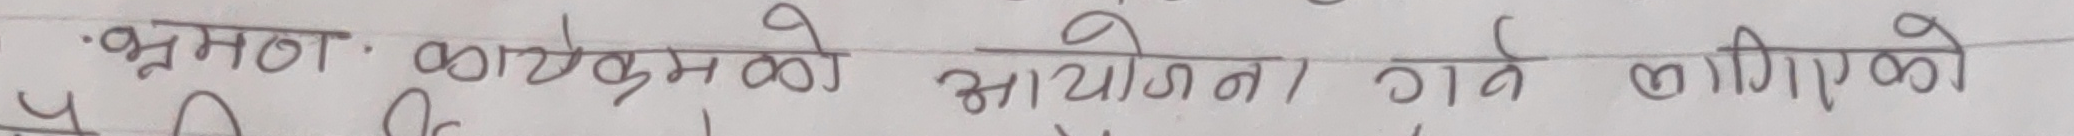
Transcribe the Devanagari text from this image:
भ्रमण कार्यक्रमको आयोजना गर्ने भनिएको